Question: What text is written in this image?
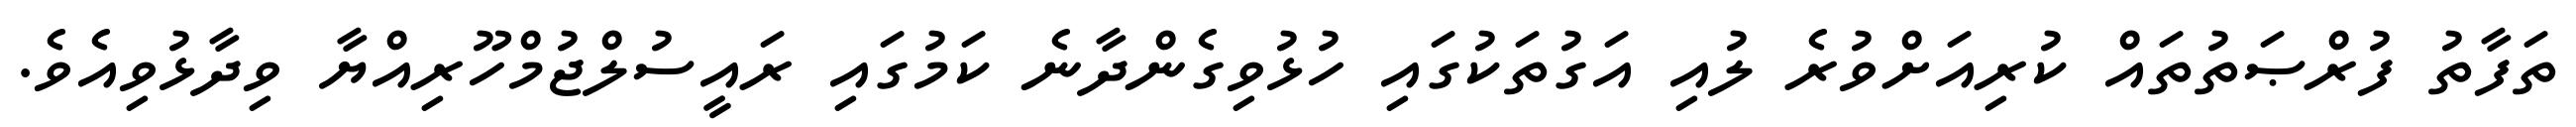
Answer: ތަފާތު ފުރްޞަތުތައް ކުރިއަށްވުރެ ލުއި އަގުތަކުގައި ހުޅުވިގެންދާނެ ކަމުގައި ރައީސުލްޖުމްހޫރިއްޔާ ވިދާޅުވިއެވެ.